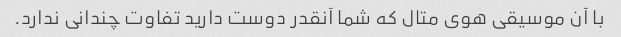
با آن موسیقی هوی متال که شما آنقدر دوست دارید تفاوت چندانی ندارد.